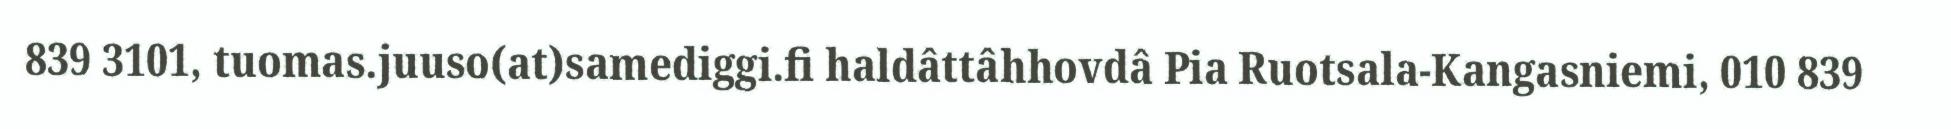
839 3101, tuomas.juuso(at)samediggi.fi haldâttâhhovdâ Pia Ruotsala-Kangasniemi, 010 839